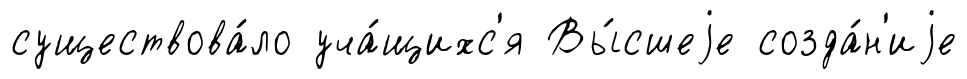
существова́ло уча́щихс'я Вы́сшеjе созда́н'иjе